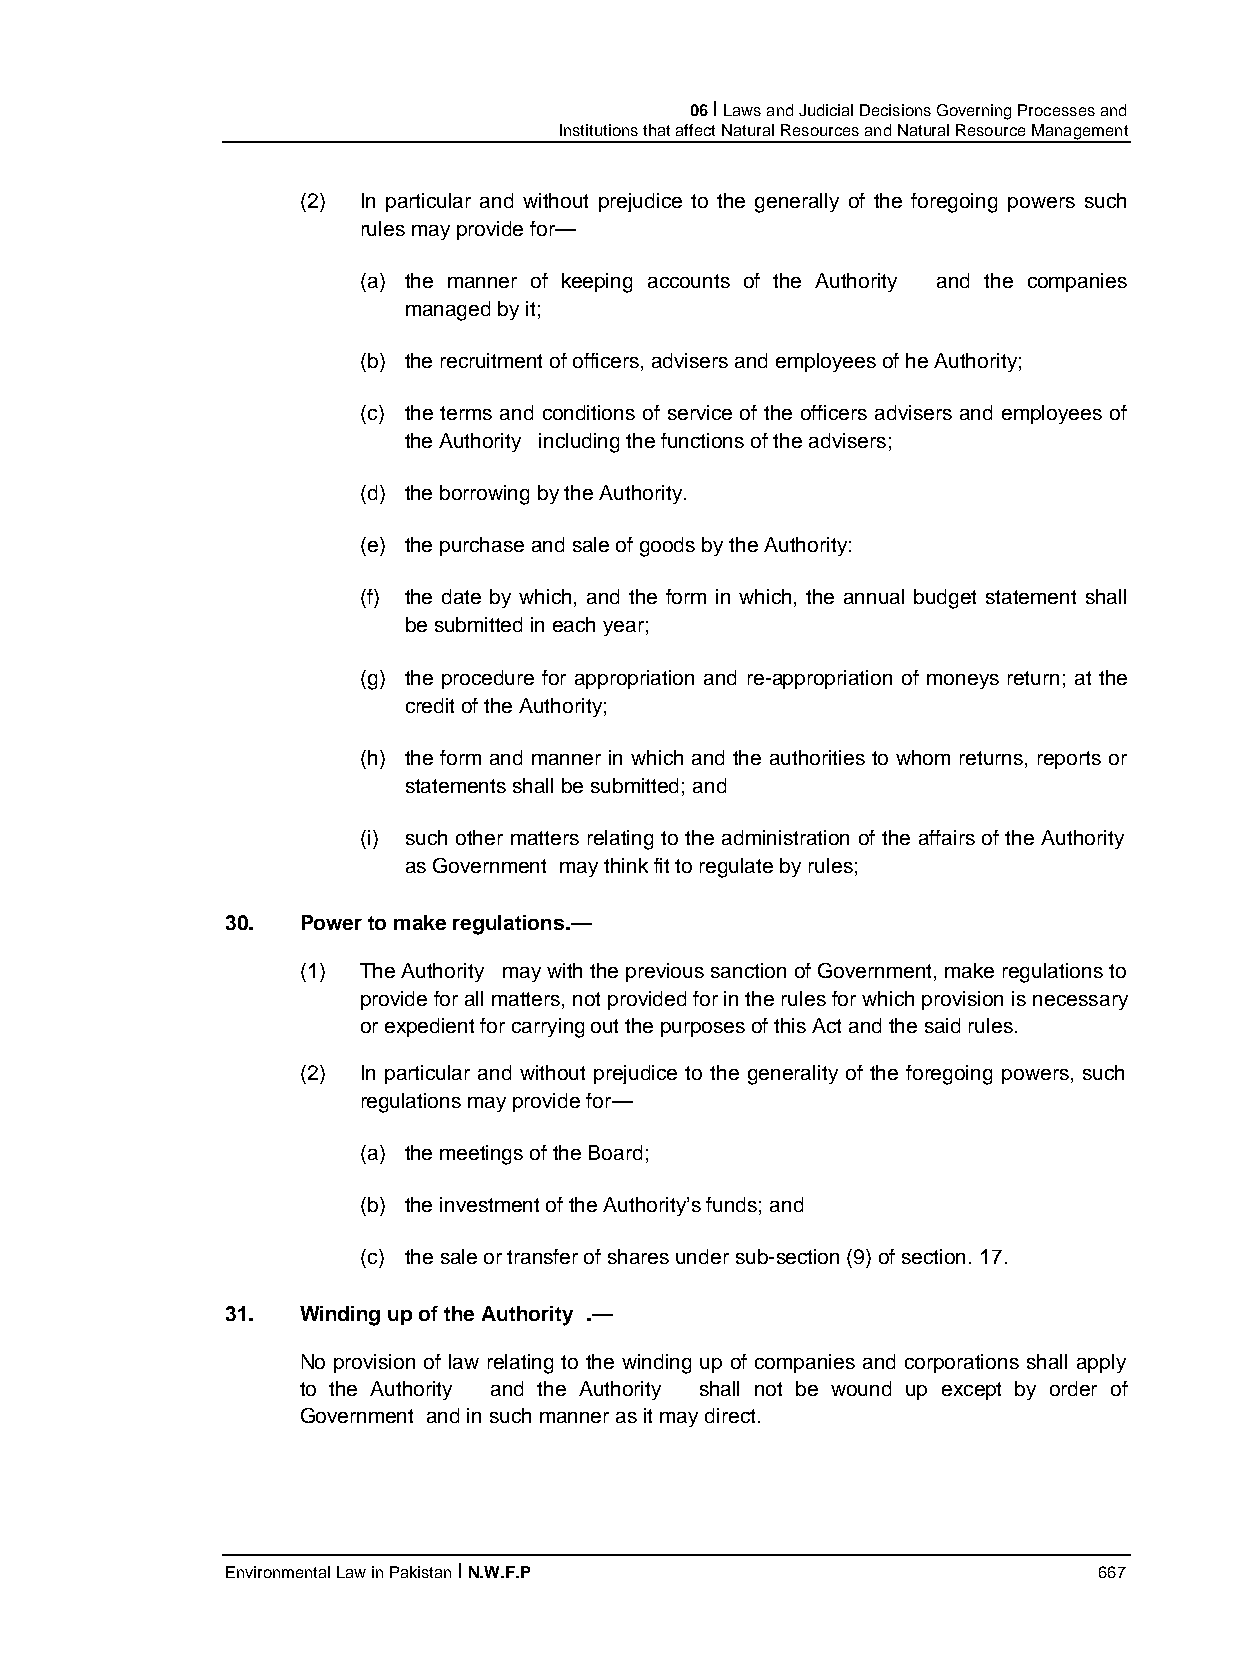
06 I Laws and Judicial Decisions Governing Processes and
 Institutions that affect Natural Resources and Natural Resource Management
 (2) In particular and without prejudice to the generally of the foregoing powers such
 rules may provide for—
 (a) the manner of keeping accounts of the Authority and the companies
 managed by it;
 (b) the recruitment of officers, advisers and employees of he Authority;
 (c) the terms and conditions of service of the officers advisers and employees of
 the Authority including the functions of the advisers;
 (d) the borrowing by the Authority.
 (e) the purchase and sale of goods by the Authority:
 (f) the date by which, and the form in which, the annual budget statement shall
 be submitted in each year;
 (g) the procedure for appropriation and re-appropriation of moneys return; at the
 credit of the Authority;
 (h) the form and manner in which and the authorities to whom returns, reports or
 statements shall be submitted; and
 (i) such other matters relating to the administration of the affairs of the Authority
 as Government may think fit to regulate by rules;
 30.  Power to make regulations.—
 (1) The Authority may with the previous sanction of Government, make regulations to
 provide for all matters, not provided for in the rules for which provision is necessary
 or expedient for carrying out the purposes of this Act and the said rules.
 (2) In particular and without prejudice to the generality of the foregoing powers, such
 regulations may provide for—
 (a) the meetings of the Board;
 (b) the investment of the Authority’s funds; and
 (c) the sale or transfer of shares under sub-section (9) of section. 17.
 31.  Winding up of the Authority .—
 No provision of law relating to the winding up of companies and corporations shall apply
 to the Authority and the Authority shall not be wound up except by order of
 Government and in such manner as it may direct.
 Environmental Law in Pakistan I N.W.F.P                   667